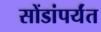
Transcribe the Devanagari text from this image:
सोंडांपर्यंत